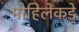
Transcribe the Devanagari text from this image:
मोहिलेंकडे